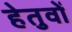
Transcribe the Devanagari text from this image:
हेतुवों